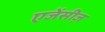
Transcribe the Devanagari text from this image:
एजेंसीज़